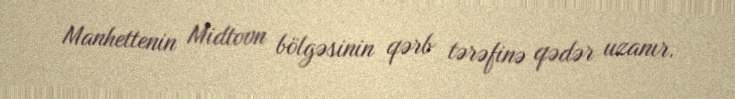
Manhettenin Midtovn bölgəsinin qərb tərəfinə qədər uzanır.